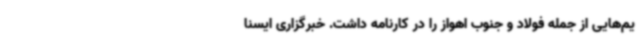
یم‌هایی از جمله فولاد و جنوب اهواز را در کارنامه داشت. خبرگزاری ایسنا